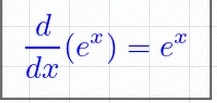
\frac{d}{dx}(e^x)=e^x